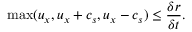
\operatorname* { m a x } ( u _ { x } , u _ { x } + c _ { s } , u _ { x } - c _ { s } ) \leq \frac { \delta r } { \delta t } .